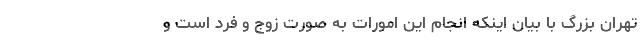
تهران بزرگ با بیان اینکه انجام این امورات به صورت زوج و فرد است و